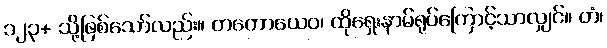
၁၂၃+ သို့ဖြစ်သော်လည်း။ တတောယေဝ၊ ထိုရှေးနာမ်ရုပ်ကြောင့်သာလျှင်။ တံ၊